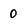
Character: O